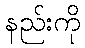
နည်းကို